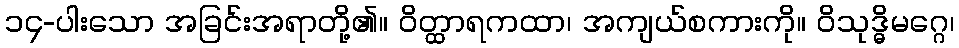
၁၄-ပါးသော အခြင်းအရာတို့၏။ ဝိတ္ထာရကထာ၊ အကျယ်စကားကို။ ဝိသုဒ္ဓိမဂ္ဂေ၊